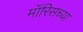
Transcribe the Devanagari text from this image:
मॉरिसच्या